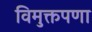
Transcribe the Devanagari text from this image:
विमुक्तपणा